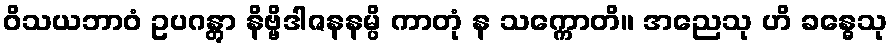
ဝိသယဘာဝံ ဥပဂန္တွာ နိဗ္ဗိဒါဇနနမ္ပိ ကာတုံ န သက္ကောတိ။ အညေသု ဟိ ခန္ဓေသု